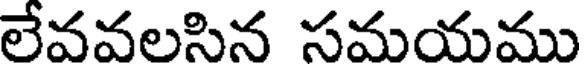
లేవవలసిన సమయము